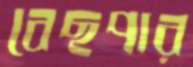
বেছপার